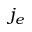
j _ { e }